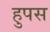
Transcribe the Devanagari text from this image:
हुपस